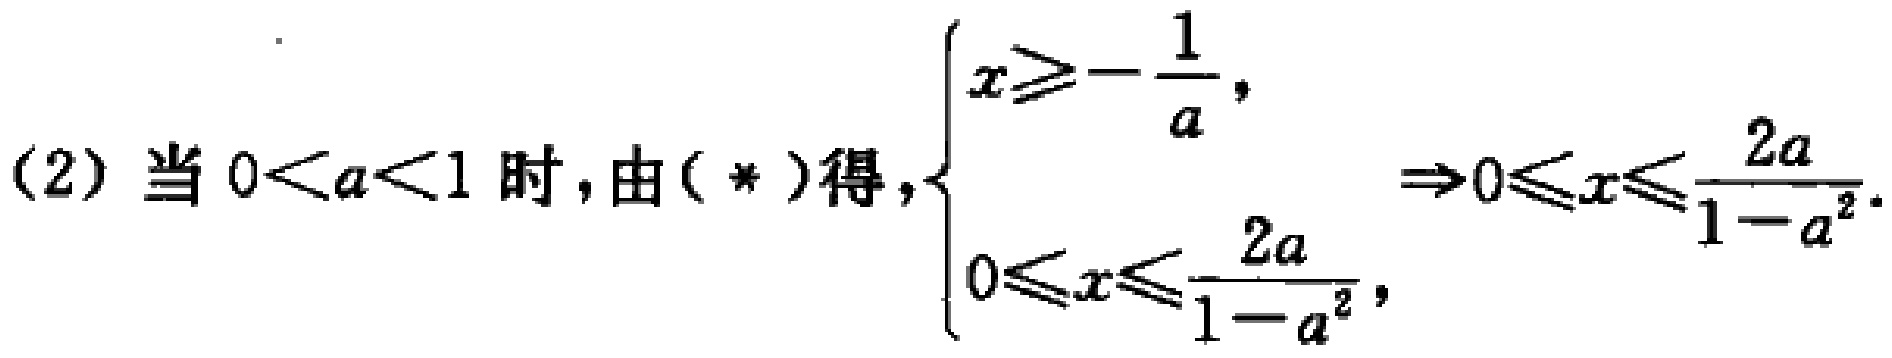
(2) 当 \(0 < a < 1\) 时，由 (\*) 得，\(\begin{cases}x\geqslant-\dfrac{1}{a},\\0\leqslant x\leqslant\dfrac{2a}{1 - a^{2}},\end{cases}\Rightarrow0\leqslant x\leqslant\dfrac{2a}{1 - a^{2}}\)